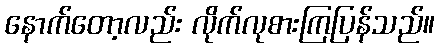
နောက်တော့လည်း လိုက်လုစားကြပြန်သည်။